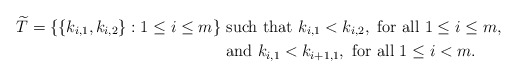
\begin{align*} \widetilde{T} =\{ \{ k_{i,1}, k_{i,2} \} : 1 \le i \le m \}&\mbox{ such that } k_{i,1} < k_{i,2}, \mbox{ for all } 1\le i \le m, \\ &\mbox{ and } k_{i,1} < k_{i+1,1}, \mbox{ for all } 1\le i <m. \end{align*}